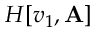
H [ v _ { 1 } , \mathbf { A } ]